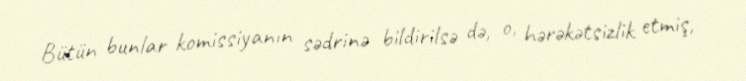
Bütün bunlar komissiyanın sədrinə bildirilsə də, o, hərəkətsizlik etmiş,